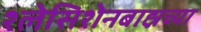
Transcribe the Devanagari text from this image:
श्लेसिशेनबाह्नच्या